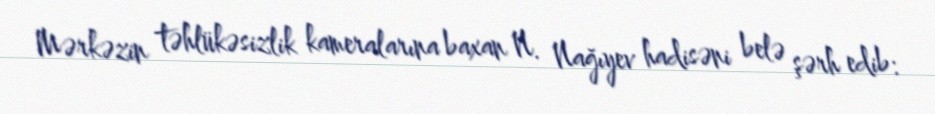
Mərkəzin təhlükəsizlik kameralarına baxan N. Nağıyev hadisəni belə şərh edib: